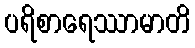
ပရိစာရေဿာမာတိ